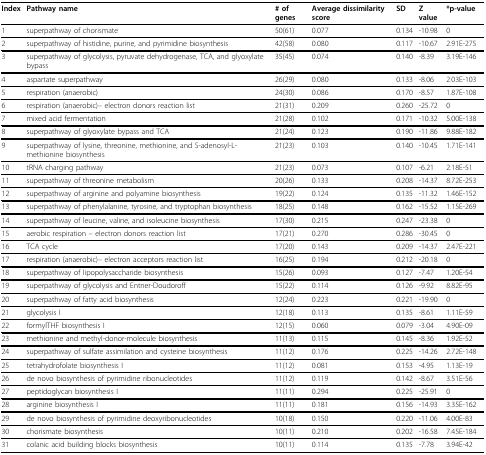
<table><thead><tr><td><b>Index</b></td><td><b>Pathway name</b></td><td><b># of genes</b></td><td><b>Average dissimilarity score</b></td><td><b>SD</b></td><td><b>Z value</b></td><td><b>*p-value</b></td></tr></thead><tbody><tr><td>1</td><td>superpathway of chorismate</td><td>50(61)</td><td>0.077</td><td>0.134</td><td>-10.98</td><td>0</td></tr><tr><td>2</td><td>superpathway of histidine, purine, and pyrimidine biosynthesis</td><td>42(58)</td><td>0.080</td><td>0.117</td><td>-10.67</td><td>2.91E-275</td></tr><tr><td>3</td><td>superpathway of glycolysis, pyruvate dehydrogenase, TCA, and glyoxylate bypass</td><td>35(45)</td><td>0.074</td><td>0.140</td><td>-8.39</td><td>3.19E-146</td></tr><tr><td>4</td><td>aspartate superpathway</td><td>26(29)</td><td>0.080</td><td>0.133</td><td>-8.06</td><td>2.03E-103</td></tr><tr><td>5</td><td>respiration (anaerobic)</td><td>24(30)</td><td>0.086</td><td>0.170</td><td>-8.57</td><td>1.87E-108</td></tr><tr><td>6</td><td>respiration (anaerobic)-- electron donors reaction list</td><td>21(31)</td><td>0.209</td><td>0.260</td><td>-25.72</td><td>0</td></tr><tr><td>7</td><td>mixed acid fermentation</td><td>21(28)</td><td>0.102</td><td>0.171</td><td>-10.32</td><td>5.00E-138</td></tr><tr><td>8</td><td>superpathway of glyoxylate bypass and TCA</td><td>21(24)</td><td>0.123</td><td>0.190</td><td>-11.86</td><td>9.88E-182</td></tr><tr><td>9</td><td>superpathway of lysine, threonine, methionine, and S-adenosyl-L-methionine biosynthesis</td><td>21(23)</td><td>0.103</td><td>0.140</td><td>-10.45</td><td>1.71E-141</td></tr><tr><td>10</td><td>tRNA charging pathway</td><td>21(23)</td><td>0.073</td><td>0.107</td><td>-6.21</td><td>2.18E-51</td></tr><tr><td>11</td><td>superpathway of threonine metabolism</td><td>20(26)</td><td>0.133</td><td>0.208</td><td>-14.37</td><td>8.72E-253</td></tr><tr><td>12</td><td>superpathway of arginine and polyamine biosynthesis</td><td>19(22)</td><td>0.124</td><td>0.135</td><td>-11.32</td><td>1.46E-152</td></tr><tr><td>13</td><td>superpathway of phenylalanine, tyrosine, and tryptophan biosynthesis</td><td>18(25)</td><td>0.148</td><td>0.162</td><td>-15.52</td><td>1.15E-269</td></tr><tr><td>14</td><td>superpathway of leucine, valine, and isoleucine biosynthesis</td><td>17(30)</td><td>0.215</td><td>0.247</td><td>-23.38</td><td>0</td></tr><tr><td>15</td><td>aerobic respiration -- electron donors reaction list</td><td>17(21)</td><td>0.270</td><td>0.286</td><td>-30.45</td><td>0</td></tr><tr><td>16</td><td>TCA cycle</td><td>17(20)</td><td>0.143</td><td>0.209</td><td>-14.37</td><td>2.47E-221</td></tr><tr><td>17</td><td>respiration (anaerobic)-- electron acceptors reaction list</td><td>16(25)</td><td>0.194</td><td>0.212</td><td>-20.18</td><td>0</td></tr><tr><td>18</td><td>superpathway of lipopolysaccharide biosynthesis</td><td>15(26)</td><td>0.093</td><td>0.127</td><td>-7.47</td><td>1.20E-54</td></tr><tr><td>19</td><td>superpathway of glycolysis and Entner-Doudoroff</td><td>15(22)</td><td>0.114</td><td>0.126</td><td>-9.92</td><td>8.82E-95</td></tr><tr><td>20</td><td>superpathway of fatty acid biosynthesis</td><td>12(24)</td><td>0.223</td><td>0.221</td><td>-19.90</td><td>0</td></tr><tr><td>21</td><td>glycolysis I</td><td>12(18)</td><td>0.113</td><td>0.135</td><td>-8.61</td><td>1.11E-59</td></tr><tr><td>22</td><td>formylTHF biosynthesis I</td><td>12(15)</td><td>0.060</td><td>0.079</td><td>-3.04</td><td>4.90E-09</td></tr><tr><td>23</td><td>methionine and methyl-donor-molecule biosynthesis</td><td>11(13)</td><td>0.115</td><td>0.145</td><td>-8.36</td><td>1.92E-52</td></tr><tr><td>24</td><td>superpathway of sulfate assimilation and cysteine biosynthesis</td><td>11(12)</td><td>0.176</td><td>0.225</td><td>-14.26</td><td>2.72E-148</td></tr><tr><td>25</td><td>tetrahydrofolate biosynthesis I</td><td>11(12)</td><td>0.081</td><td>0.153</td><td>-4.95</td><td>1.13E-19</td></tr><tr><td>26</td><td>de novo biosynthesis of pyrimidine ribonucleotides</td><td>11(12)</td><td>0.119</td><td>0.142</td><td>-8.67</td><td>3.51E-56</td></tr><tr><td>27</td><td>peptidoglycan biosynthesis I</td><td>11(11)</td><td>0.294</td><td>0.225</td><td>-25.91</td><td>0</td></tr><tr><td>28</td><td>arginine biosynthesis I</td><td>11(11)</td><td>0.181</td><td>0.156</td><td>-14.93</td><td>3.35E-162</td></tr><tr><td>29</td><td>de novo biosynthesis of pyrimidine deoxyribonucleotides</td><td>10(18)</td><td>0.150</td><td>0.220</td><td>-11.06</td><td>4.00E-83</td></tr><tr><td>30</td><td>chorismate biosynthesis</td><td>10(11)</td><td>0.210</td><td>0.202</td><td>-16.58</td><td>7.45E-184</td></tr><tr><td>31</td><td>colanic acid building blocks biosynthesis</td><td>10(11)</td><td>0.114</td><td>0.135</td><td>-7.78</td><td>3.94E-42</td></tr></tbody></table>